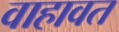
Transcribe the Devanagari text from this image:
वाहावत